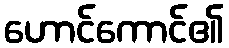
ဟောင်ကောင်၏